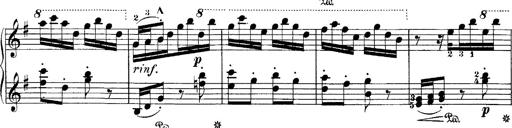
Title: Hungarian Rhapsody No.7
Composer: Franz Liszt
Key: D minor